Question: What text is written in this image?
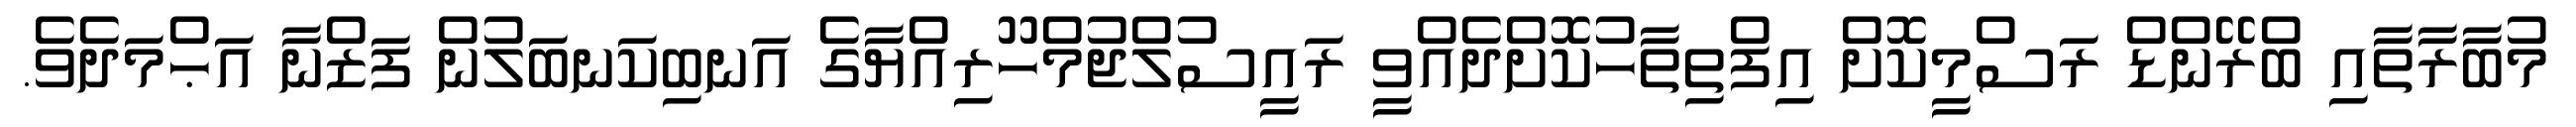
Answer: މުބާރާތާއި ބްރޭންޑް ރަސްމީކޮށް އިފްތިތާހުކޮށްދެއްވީ ރައީސުލްޖުމްހޫރިއްޔާގެ އަނބިކަނބަލުން ފަޒްނާ އަޙްމަދެވެ.